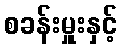
စခန်းမှူးနှင့်